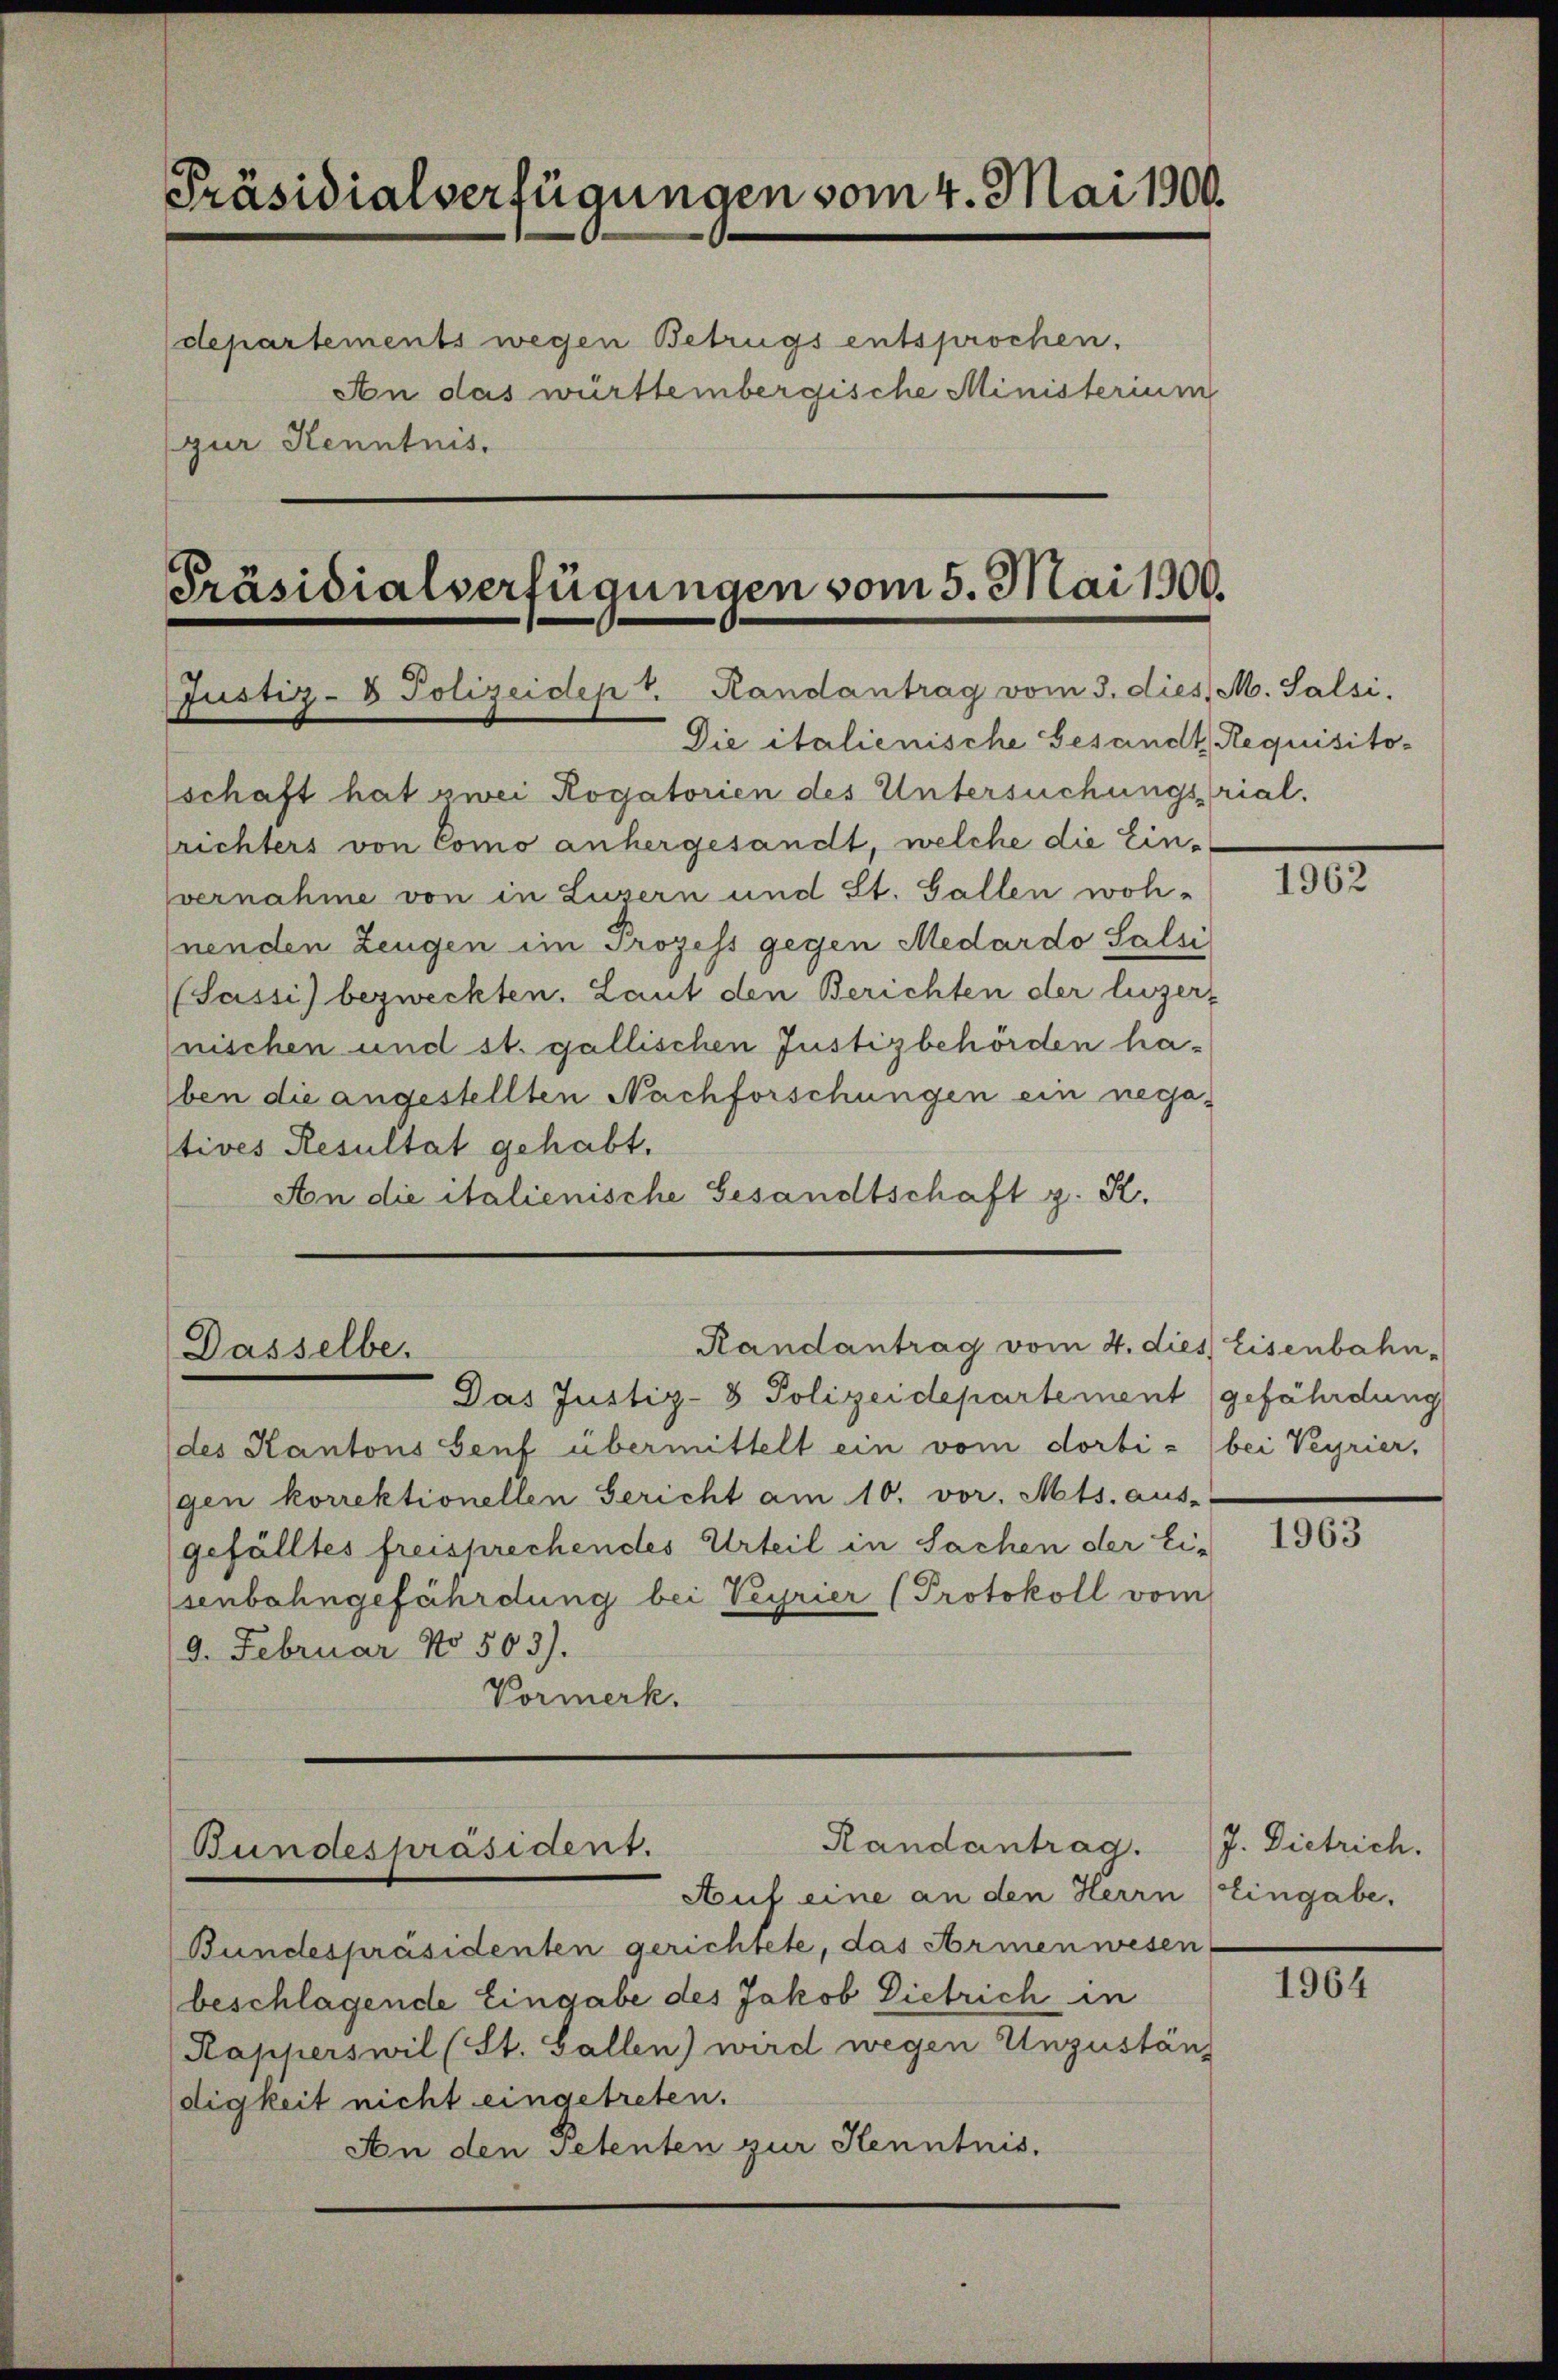
Präsidialverfügungen vom 4. Mai 1900.

An das württembergische Ministerium
gur Kenntnis.

departements wegen Betrugs entsprochen.

Präsidialverfügungen vom 5. Mai 1900.
Justiz- & Polizeidept. Randantrag vom 3. dies. M. Salsi.
Die italienische Gesandt Requisito-

Randantrag vom 4. dies Eisenbahn-
Dasselbe.

Randantrag.
Bundespräsident.
Auf eine an den Herrn Eingabe,

schaft hat zwei Rogatorien des Untersuchungsrial.
lrichters von Como anhergesandt, welche die Einvernahme von in Luzern und St. Gallen woh-
nenden Zeugen im Prozess gegen Medardo Salsi
(Sassi) bezweckten. Laut den Berichten der luzer-
nischen und st. gallischen Justizbehörden haben die angestellten Nachforschungen ein nega-
tives Resultat gehabt.
An die italienische Gesandtschaft z. K.

Das Justiz- & Polizeidepartement (gefährdung
des Kantons Genf übermittelt ein vom dorti - bei Veyrier,
gen korrektionellen Gericht am 10. vor. Mts. aus-
gefälltes freisprechendes Urteil in Sachen der Ei-
senbahngefährdung bei Veyrier (Protokoll vom
9. Februar No. 503).
Vormerk.

(Bundespräsidenten gerichtete, das Armenwesen,
beschlagende Eingabe des Jakob Dietrich in
Kapperswil (St. Gallen) wird wegen Unzuständ
digkeit nicht eingetreten.
An den Petenten zur Kenntnis.

1962

1963

J. Dietrich.

1964